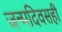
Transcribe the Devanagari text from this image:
जन्मदिवसही